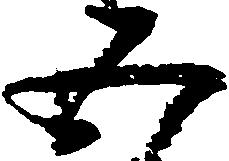
五